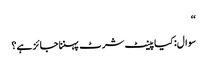
‘‘
سوال: کیا پینٹ شرٹ پہننا جائز ہے؟